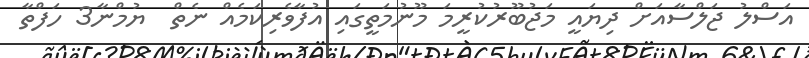
އަސްލު ޖަލްސާއަށް ދިޔައީ މަޖުބޫރުކުރީމަ މޫނުމަތީގައި އުފާވެރިކަމެއް ނެތް  ޔުމްނާ3 ހަފްތާ